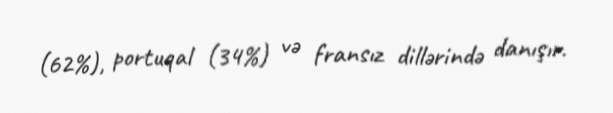
(62%), portuqal (34%) və fransız dillərində danışır.